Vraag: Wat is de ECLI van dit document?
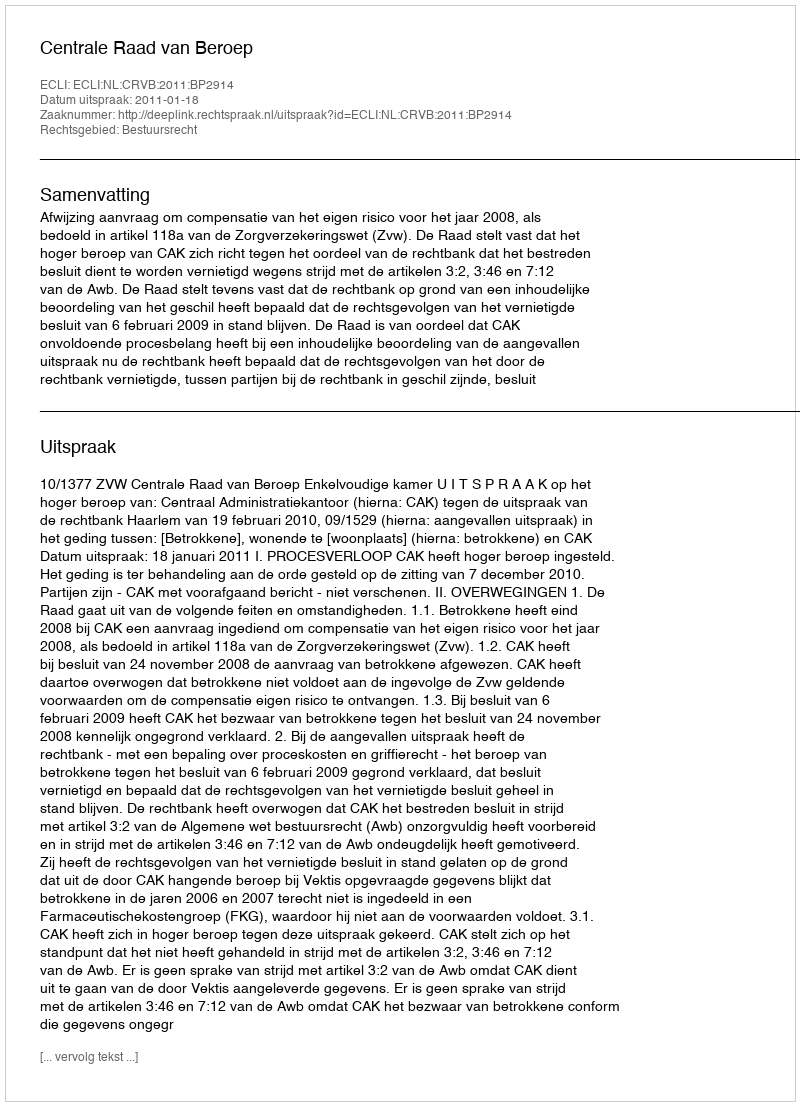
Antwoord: ECLI:NL:CRVB:2011:BP2914